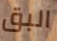
البق